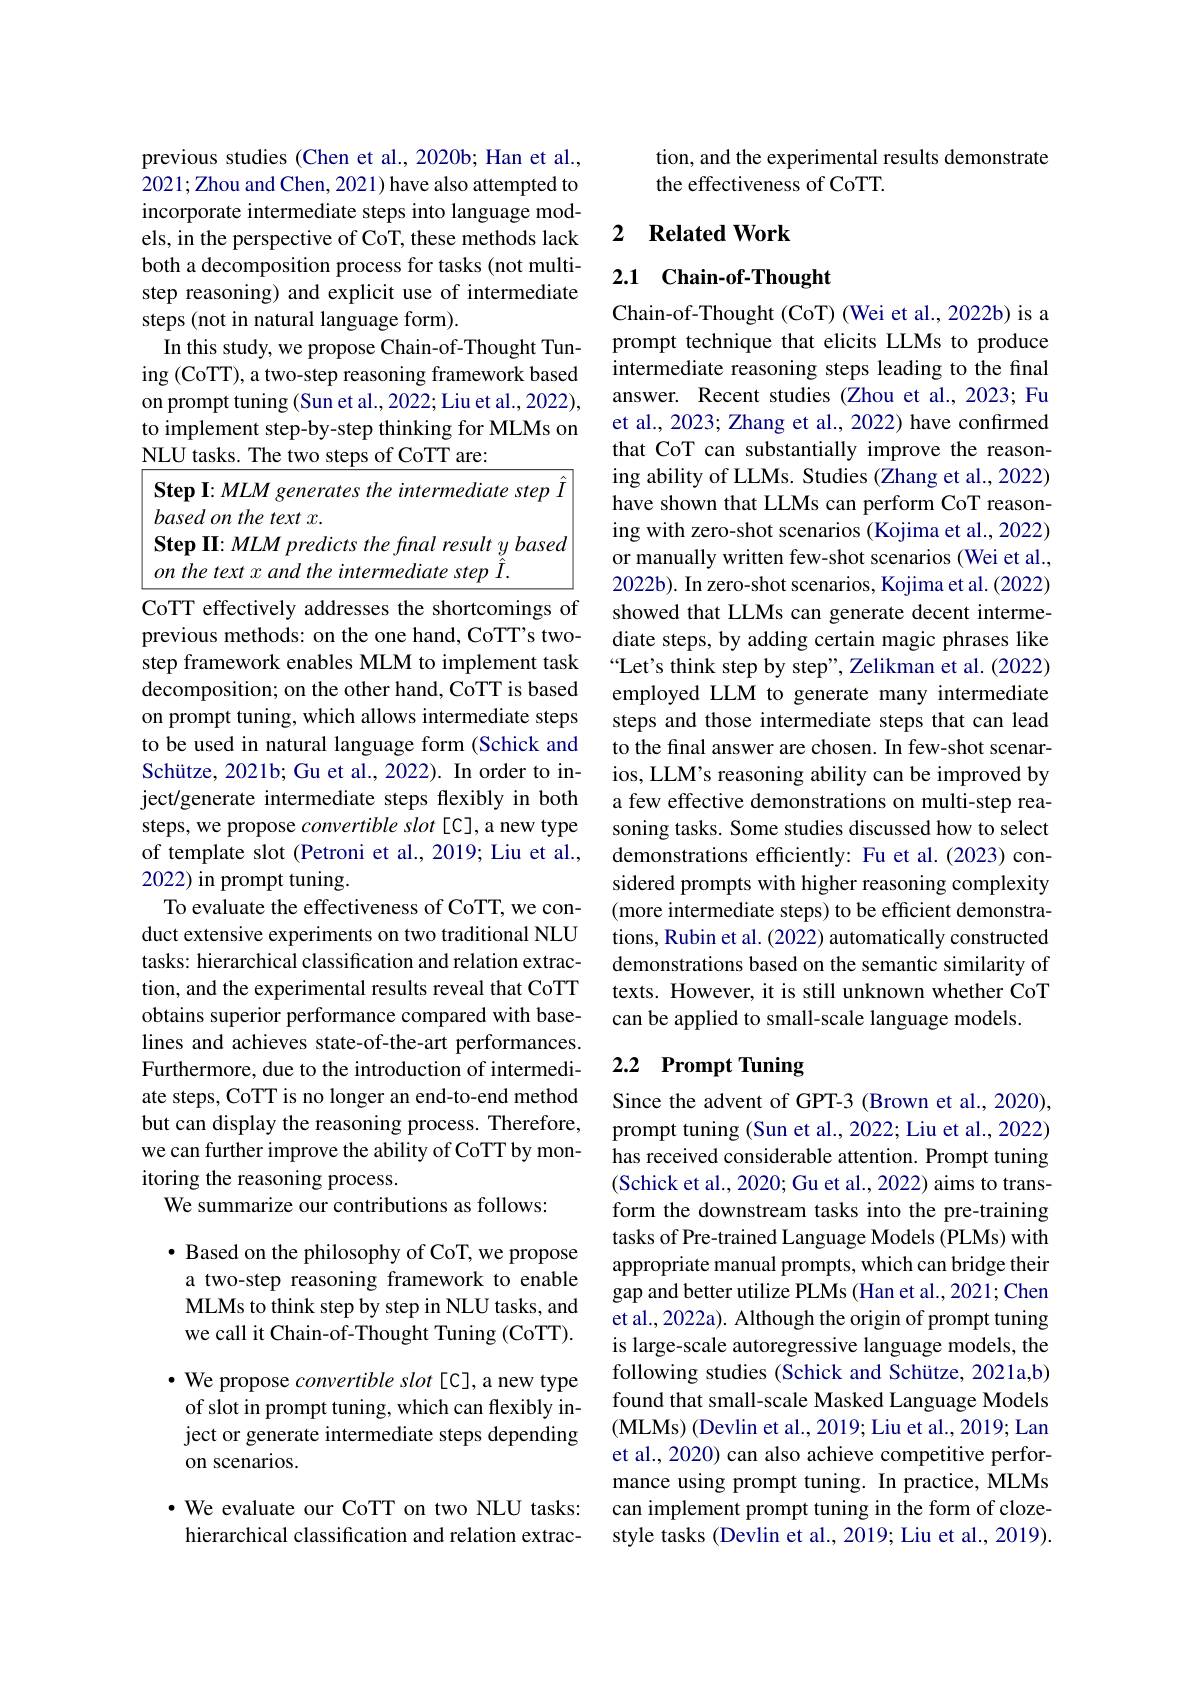
previous studies (Chen et al.,2020b; Han et al., 2021; Zhou and Chen, 2021) have also attempted to incorporate intermediate steps into language models, in the perspective of CoT, these methods lack both a decomposition process for tasks (not multistep reasoning) and explicit use of intermediate steps (not in natural language form).
In this study, we propose Chain-of-Thought Tuning (CoTT), a two-step reasoning framework based on prompt tuning (Sun et al., 2022; Liu et al., 2022), to implement step-by-step thinking for MLMs on $\underline{\mathrm{NLU~tasks.~The~two~steps~of~CoTT~are:}}$
Step I: MLM generates the intermediate step Î
based on the text x.
Step II: MLM predicts the final result y based
$on$ the text $x$ and the intermediate step $\tilde{\hat{I}}.$

CoTT effectively addresses the shortcomings of previous methods: on the one hand, CoTT's twostep framework enables MLM to implement task decomposition; on the other hand, CoTT is based on prompt tuning, which allows intermediate steps to be used in natural language form (Schick and Schütze, 2021b; Gu et al., 2022). In order to inject/generate intermediate steps flexibly in both steps, we propose convertible slot [C], a new type of template slot (Petroni et al., 2019; Liu et al., 2022) in prompt tuning.
To evaluate the effectiveness of CoTT, we conduct extensive experiments on two traditional NLU tasks: hierarchical classification and relation extraction, and the experimental results reveal that CoTT obtains superior performance compared with baselines and achieves state-of-the-art performances. Furthermore, due to the introduction of intermediate steps, CoTT is no longer an end-to-end method but can display the reasoning process. Therefore, we can further improve the ability of CoTT by monitoring the reasoning process.
We summarize our contributions as follows:

$\bullet$ Based on the philosophy of CoT, we propose a two-step reasoning framework to enable MLMs to think step by step in NLU tasks, and we call it Chain-of-Thought Tuning (CoTT).

$\bullet$ We propose convertible slot [C], a new type
of slot in prompt tuning, which can flexibly inject or generate intermediate steps depending on scenarios.

$\cdot$ We evaluate our CoTT on two NLU tasks: hierarchical classification and relation extrac-

tion, and the experimental results demonstrate
the effectiveness of CoTT.

### 2 $\textbf{Related Work}$

## 2.1 Chain-of-Thought

Chain-of-Thought (CoT) (Wei et al., 2022b) is a prompt technique that elicits LLMs to produce intermediate reasoning steps leading to the final answer. Recent studies (Zhou et al.,2023; Fu et al., 2023; Zhang et al., 2022) have confirmed that CoT can substantially improve the reasoning ability of LLMs. Studies (Zhang et al., 2022) have shown that LLMs can perform CoT reasoning with zero-shot scenarios (Kojima et al., 2022) or manually written few-shot scenarios (Wei et al., 2022b). In zero-shot scenarios, Kojima et al. (2022) showed that LLMs can generate decent intermediate steps, by adding certain magic phrases like “Let's think step by step", Zelikman et al. (2022) employed LLM to generate many intermediate steps and those intermediate steps that can lead to the final answer are chosen. In few-shot scenarios, LLM's reasoning ability can be improved by a few effective demonstrations on multi-step reasoning tasks. Some studies discussed how to select demonstrations efficiently: Fu et al.(2023) considered prompts with higher reasoning complexity (more intermediate steps) to be efficient demonstrations, Rubin et al. (2022) automatically constructed demonstrations based on the semantic similarity of texts. However, it is still unknown whether CoT can be applied to small-scale language models.

## 2.2 Prompt Tuning

Since the advent of GPT-3 (Brown et al., 2020), prompt tuning (Sun et al., 2022; Liu et al., 2022) has received considerable attention. Prompt tuning (Schick et al., 2020; Gu et al., 2022) aims to transform the downstream tasks into the pre-training tasks of Pre-trained Language Models (PLMs) with appropriate manual prompts, which can bridge their gap and better utilize PLMs (Han et al., 2021; Chen et al., 2022a). Although the origin of prompt tuning is large-scale autoregressive language models, the following studies (Schick and Schütze, 2021a,b) found that small-scale Masked Language Models (MLMs) (Devlin et al., 2019; Liu et al., 2019; Lan et al., 2020) can also achieve competitive performance using prompt tuning. In practice, MLMs can implement prompt tuning in the form of clozestyle tasks (Devlin et al., 2019; Liu et al., 2019).